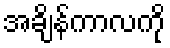
အချိန်ကာလကို